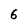
Character: 6